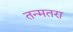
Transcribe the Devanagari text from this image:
तन्मतरा